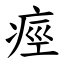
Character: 痙